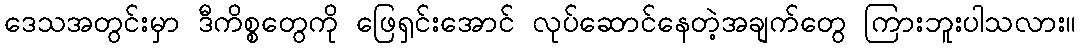
ဒေသအတွင်းမှာ ဒီကိစ္စတွေကို ဖြေရှင်းအောင် လုပ်ဆောင်နေတဲ့အချက်တွေ ကြားဘူးပါသလား။